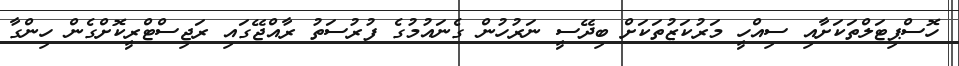
ހޮސްޕިޓަލްތަކަށާއި ސިއްހީ މަރުކަޒުތަކަށް ބިދޭސީ ނަރުހުން ގެނައުމުގެ ފުރުސަތު ރާއްޖޭގައި ރަޖިސްޓްރީކޮށްގެން ހިންގާ